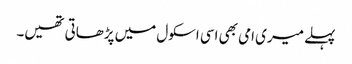
پہلے میری امی بھی اسی اسکول میں پڑھاتی تھیں۔